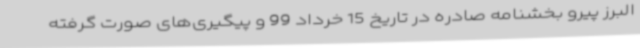
البرز پیرو بخشنامه صادره در تاریخ 15 خرداد 99 و پیگیری‌های صورت گرفته